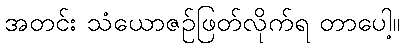
အတင်း သံယောဇဉ်ဖြတ်လိုက်ရ တာပေါ့။